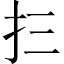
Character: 𰒼